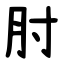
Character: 肘